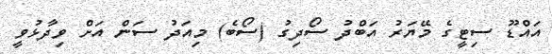
އައްޑޫ ސިޓީގެ މޭޔަރު އަބްދު ސޯދިގު (ސޯބެ) މިއަދު ސަން އަށް ވިދާޅުވީ